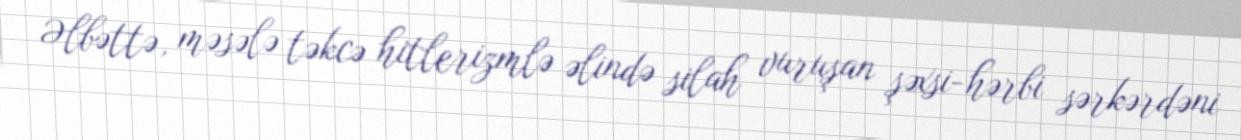
Əlbəttə, məsələ təkcə hitlerizmlə əlində silah vuruşan şəxsi-hərbi sərkərdəni